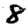
Digit: 8